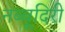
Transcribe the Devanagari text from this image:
नब्‍बूदिरी